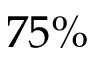
7 5 \%